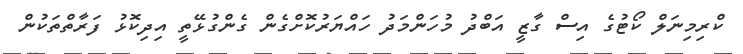
ކްރިމިނަލް ކޯޓުގެ އިސް ގާޒީ އަބްދު މުހަންމަދު ހައްޔަރުކޮށްގެން ގެންގުޅޭތީ އިދިކޮޅު ފަރާތްތަކުން